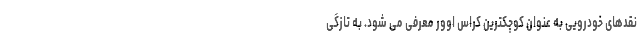
نقدهای خودرویی به عنوان کوچکترین کراس اوور معرفی می شود. به تازگی